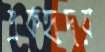
একহৃদয়